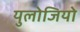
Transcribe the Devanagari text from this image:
युलोजियो